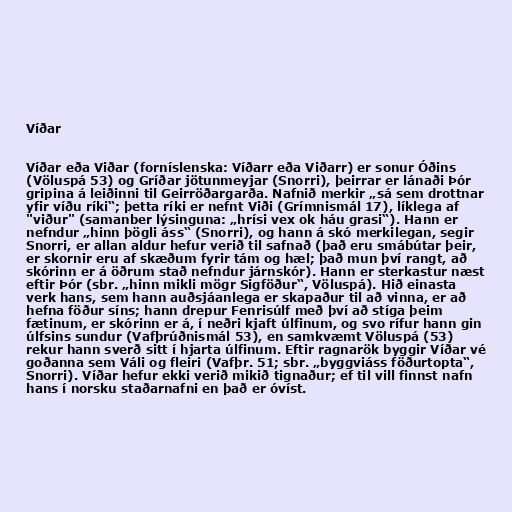
Víðar

Víðar eða Viðar (forníslenska: Víðarr eða Viðarr) er sonur Óðins
(Völuspá 53) og Gríðar jötunmeyjar (Snorri), þeirrar er lánaði Þór
gripina á leiðinni til Geirröðargarða. Nafnið merkir „sá sem drottnar
yfir víðu ríki“; þetta ríki er nefnt Viði (Grímnismál 17), líklega af
"viður" (samanber lýsinguna: „hrísi vex ok háu grasi“). Hann er
nefndur „hinn þögli áss“ (Snorri), og hann á skó merkilegan, segir
Snorri, er allan aldur hefur verið til safnað (það eru smábútar þeir,
er skornir eru af skæðum fyrir tám og hæl; það mun því rangt, að
skórinn er á öðrum stað nefndur járnskór). Hann er sterkastur næst
eftir Þór (sbr. „hinn mikli mögr Sigföður“, Völuspá). Hið einasta
verk hans, sem hann auðsjáanlega er skapaður til að vinna, er að
hefna föður síns; hann drepur Fenrisúlf með því að stíga þeim
fætinum, er skórinn er á, í neðri kjaft úlfinum, og svo rífur hann gin
úlfsins sundur (Vafþrúðnismál 53), en samkvæmt Völuspá (53)
rekur hann sverð sitt í hjarta úlfinum. Eftir ragnarök byggir Víðar vé
goðanna sem Váli og fleiri (Vafþr. 51; sbr. „byggviáss föðurtopta“,
Snorri). Víðar hefur ekki verið mikið tignaður; ef til vill finnst nafn
hans í norsku staðarnafni en það er óvíst.